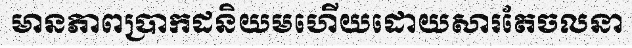
មានភាពប្រាកដនិយមហើយដោយសារតែចលនា